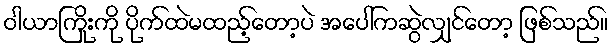
ဝါယာကြိုးကို ပိုက်ထဲမထည့်တော့ပဲ အပေါ်ကဆွဲလျှင်တော့ ဖြစ်သည်။